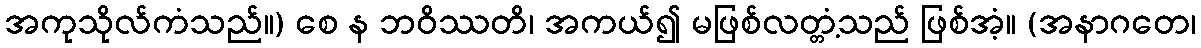
အကုသိုလ်ကံသည်။) စေ န ဘဝိဿတိ၊ အကယ်၍ မဖြစ်လတ္တံ့သည် ဖြစ်အံ့။ (အနာဂတေ၊